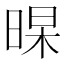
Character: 𣈁